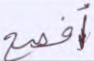
أفصح